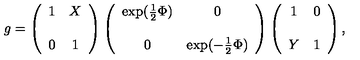
g = \left( \begin{array} { c c } { 1 } & { X } \\ { } & { } \\ { 0 } & { 1 } \\ \end{array} \right) \left( \begin{array} { c c } { \exp ( \frac 1 2 \Phi ) } & { 0 } \\ { } & { } \\ { 0 } & { \exp ( - \frac 1 2 \Phi ) } \\ \end{array} \right) \left( \begin{array} { c c } { 1 } & { 0 } \\ { } & { } \\ { Y } & { 1 } \\ \end{array} \right) ,